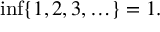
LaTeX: \operatorname* { i n f } \{ 1 , 2 , 3 , \ldots \} = 1 .